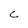
Character: C